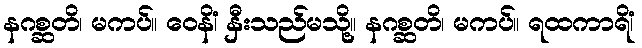
နဂစ္ဆတိ၊ မကပ်။ ဝေနိံ၊ နှီးသည်မသို့။ နဂစ္ဆတိ၊ မကပ်။ ရထကာရိံ၊